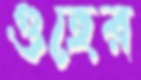
গুহের